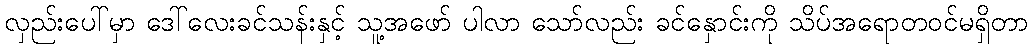
လှည်းပေါ်မှာ ဒေါ်လေးခင်သန်းနှင့် သူ့အဖော် ပါလာ သော်လည်း ခင်နှောင်းကို သိပ်အရောတဝင်မရှိတာ